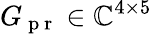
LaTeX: G_{\mathrm{~p~r~}}\in\mathbb{C}^{4\times 5}